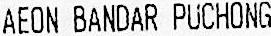
AEON BANDAR PUCHONG